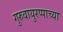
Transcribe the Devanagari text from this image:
गुरुवायुरप्पाच्या